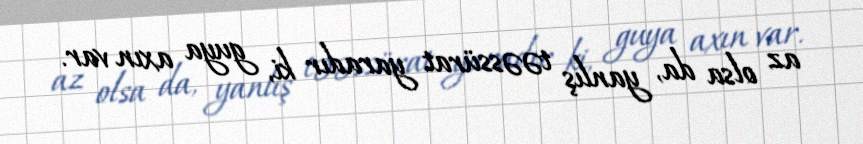
az olsa da, yanlış təəssürat yaradır ki, guya axın var.